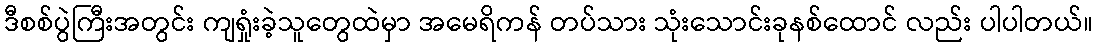
ဒီစစ်ပွဲကြီးအတွင်း ကျရှုံးခဲ့သူတွေထဲမှာ အမေရိကန် တပ်သား သုံးသောင်းခုနစ်ထောင် လည်း ပါပါတယ်။